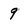
Character: 9